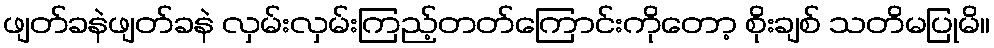
ဖျတ်ခနဲဖျတ်ခနဲ လှမ်းလှမ်းကြည့်တတ်ကြောင်းကိုတော့ စိုးချစ် သတိမပြုမိ။